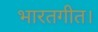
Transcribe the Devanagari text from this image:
भारतगीत।